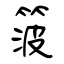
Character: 箥